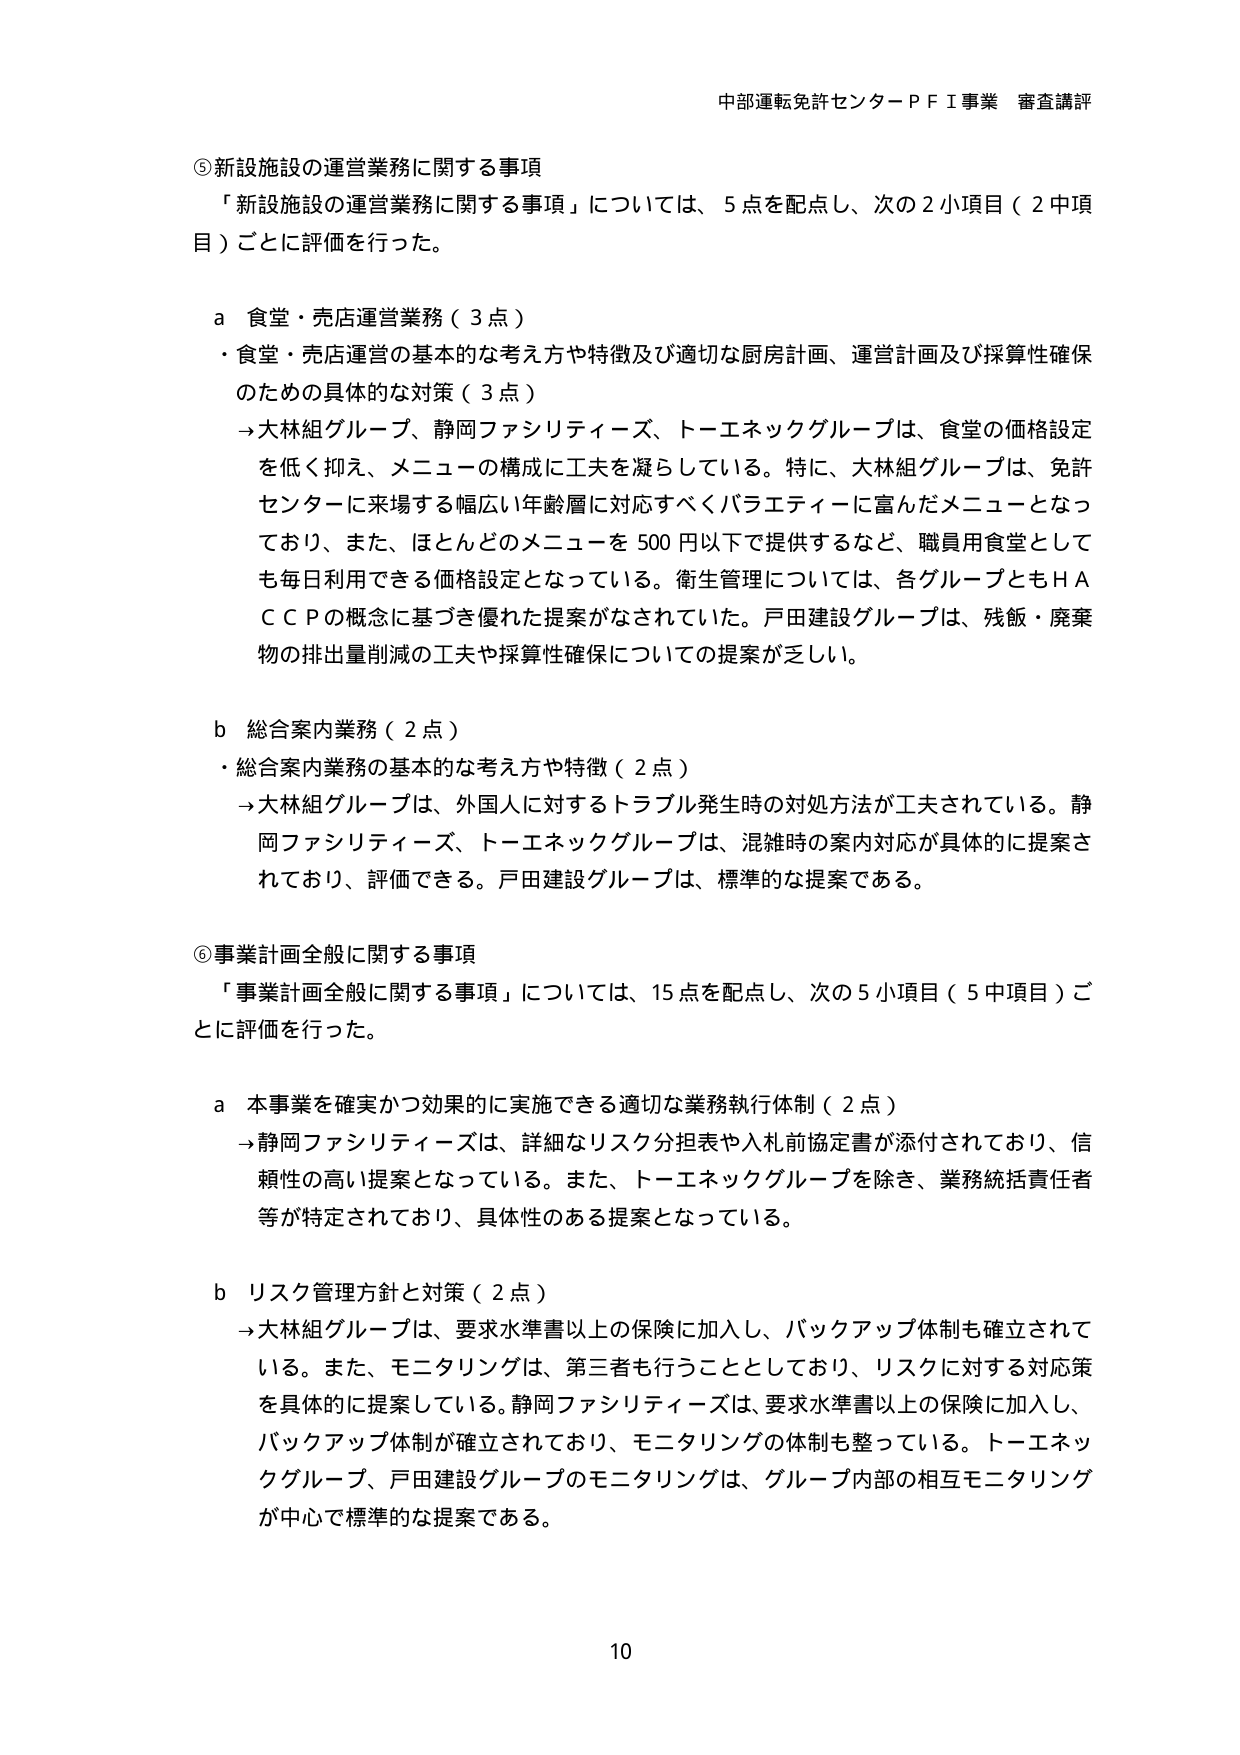
中部運転免許センターＰＦＩ事業 審査講評

⑤新設施設の運営業務に関する事項
「新設施設の運営業務に関する事項」については、5点を配点し、次の2小項目（2中項目）ごとに評価を行った。

a 食堂・売店運営業務（3点）
・食堂・売店運営の基本的な考え方や特徴及び適切な厨房計画、運営計画及び採算性確保のための具体的な対策（3点）
→大林組グループ、静岡ファシリティーズ、トーエネックグループは、食堂の価格設定を低く抑え、メニューの構成に工夫を凝らしている。特に、大林組グループは、免許センターに来場する幅広い年齢層に対応すべくバラエティに富んだメニューとなっており、また、ほとんどのメニューを500円以下で提供するなど、職員用食堂としても毎日利用できる価格設定となっている。衛生管理については、各グループともＨＡＣＣＰの概念に基づき優れた提案がなされていた。戸田建設グループは、残飯・廃棄物の排出量削減の工夫や採算性確保についての提案が乏しい。

b 総合案内業務（2点）
・総合案内業務の基本的な考え方や特徴（2点）
→大林組グループは、外国人に対するトラブル発生時の対処方法が工夫されている。静岡ファシリティーズ、トーエネックグループは、混雑時の案内対応が具体的に提案されており、評価できる。戸田建設グループは、標準的な提案である。

⑥事業計画全般に関する事項
「事業計画全般に関する事項」については、15点を配点し、次の5小項目（5中項目）ごとに評価を行った。

a 本事業を確実かつ効果的に実施できる適切な業務執行体制（2点）
→静岡ファシリティーズは、詳細なリスク分担表や入札前協定書が添付されており、信頼性の高い提案となっている。また、トーエネックグループを除き、業務統括責任者等が特定されており、具体性のある提案となっている。

b リスク管理方針と対策（2点）
→大林組グループは、要求水準書以上の保険に加入し、バックアップ体制も確立されている。また、モニタリングは、第三者も行うこととしており、リスクに対する対応策を具体的に提案している。静岡ファシリティーズは、要求水準書以上の保険に加入し、バックアップ体制が確立されており、モニタリングの体制も整っている。トーエネックグループ、戸田建設グループのモニタリングは、グループ内部の相互モニタリングが中心で標準的な提案である。

10